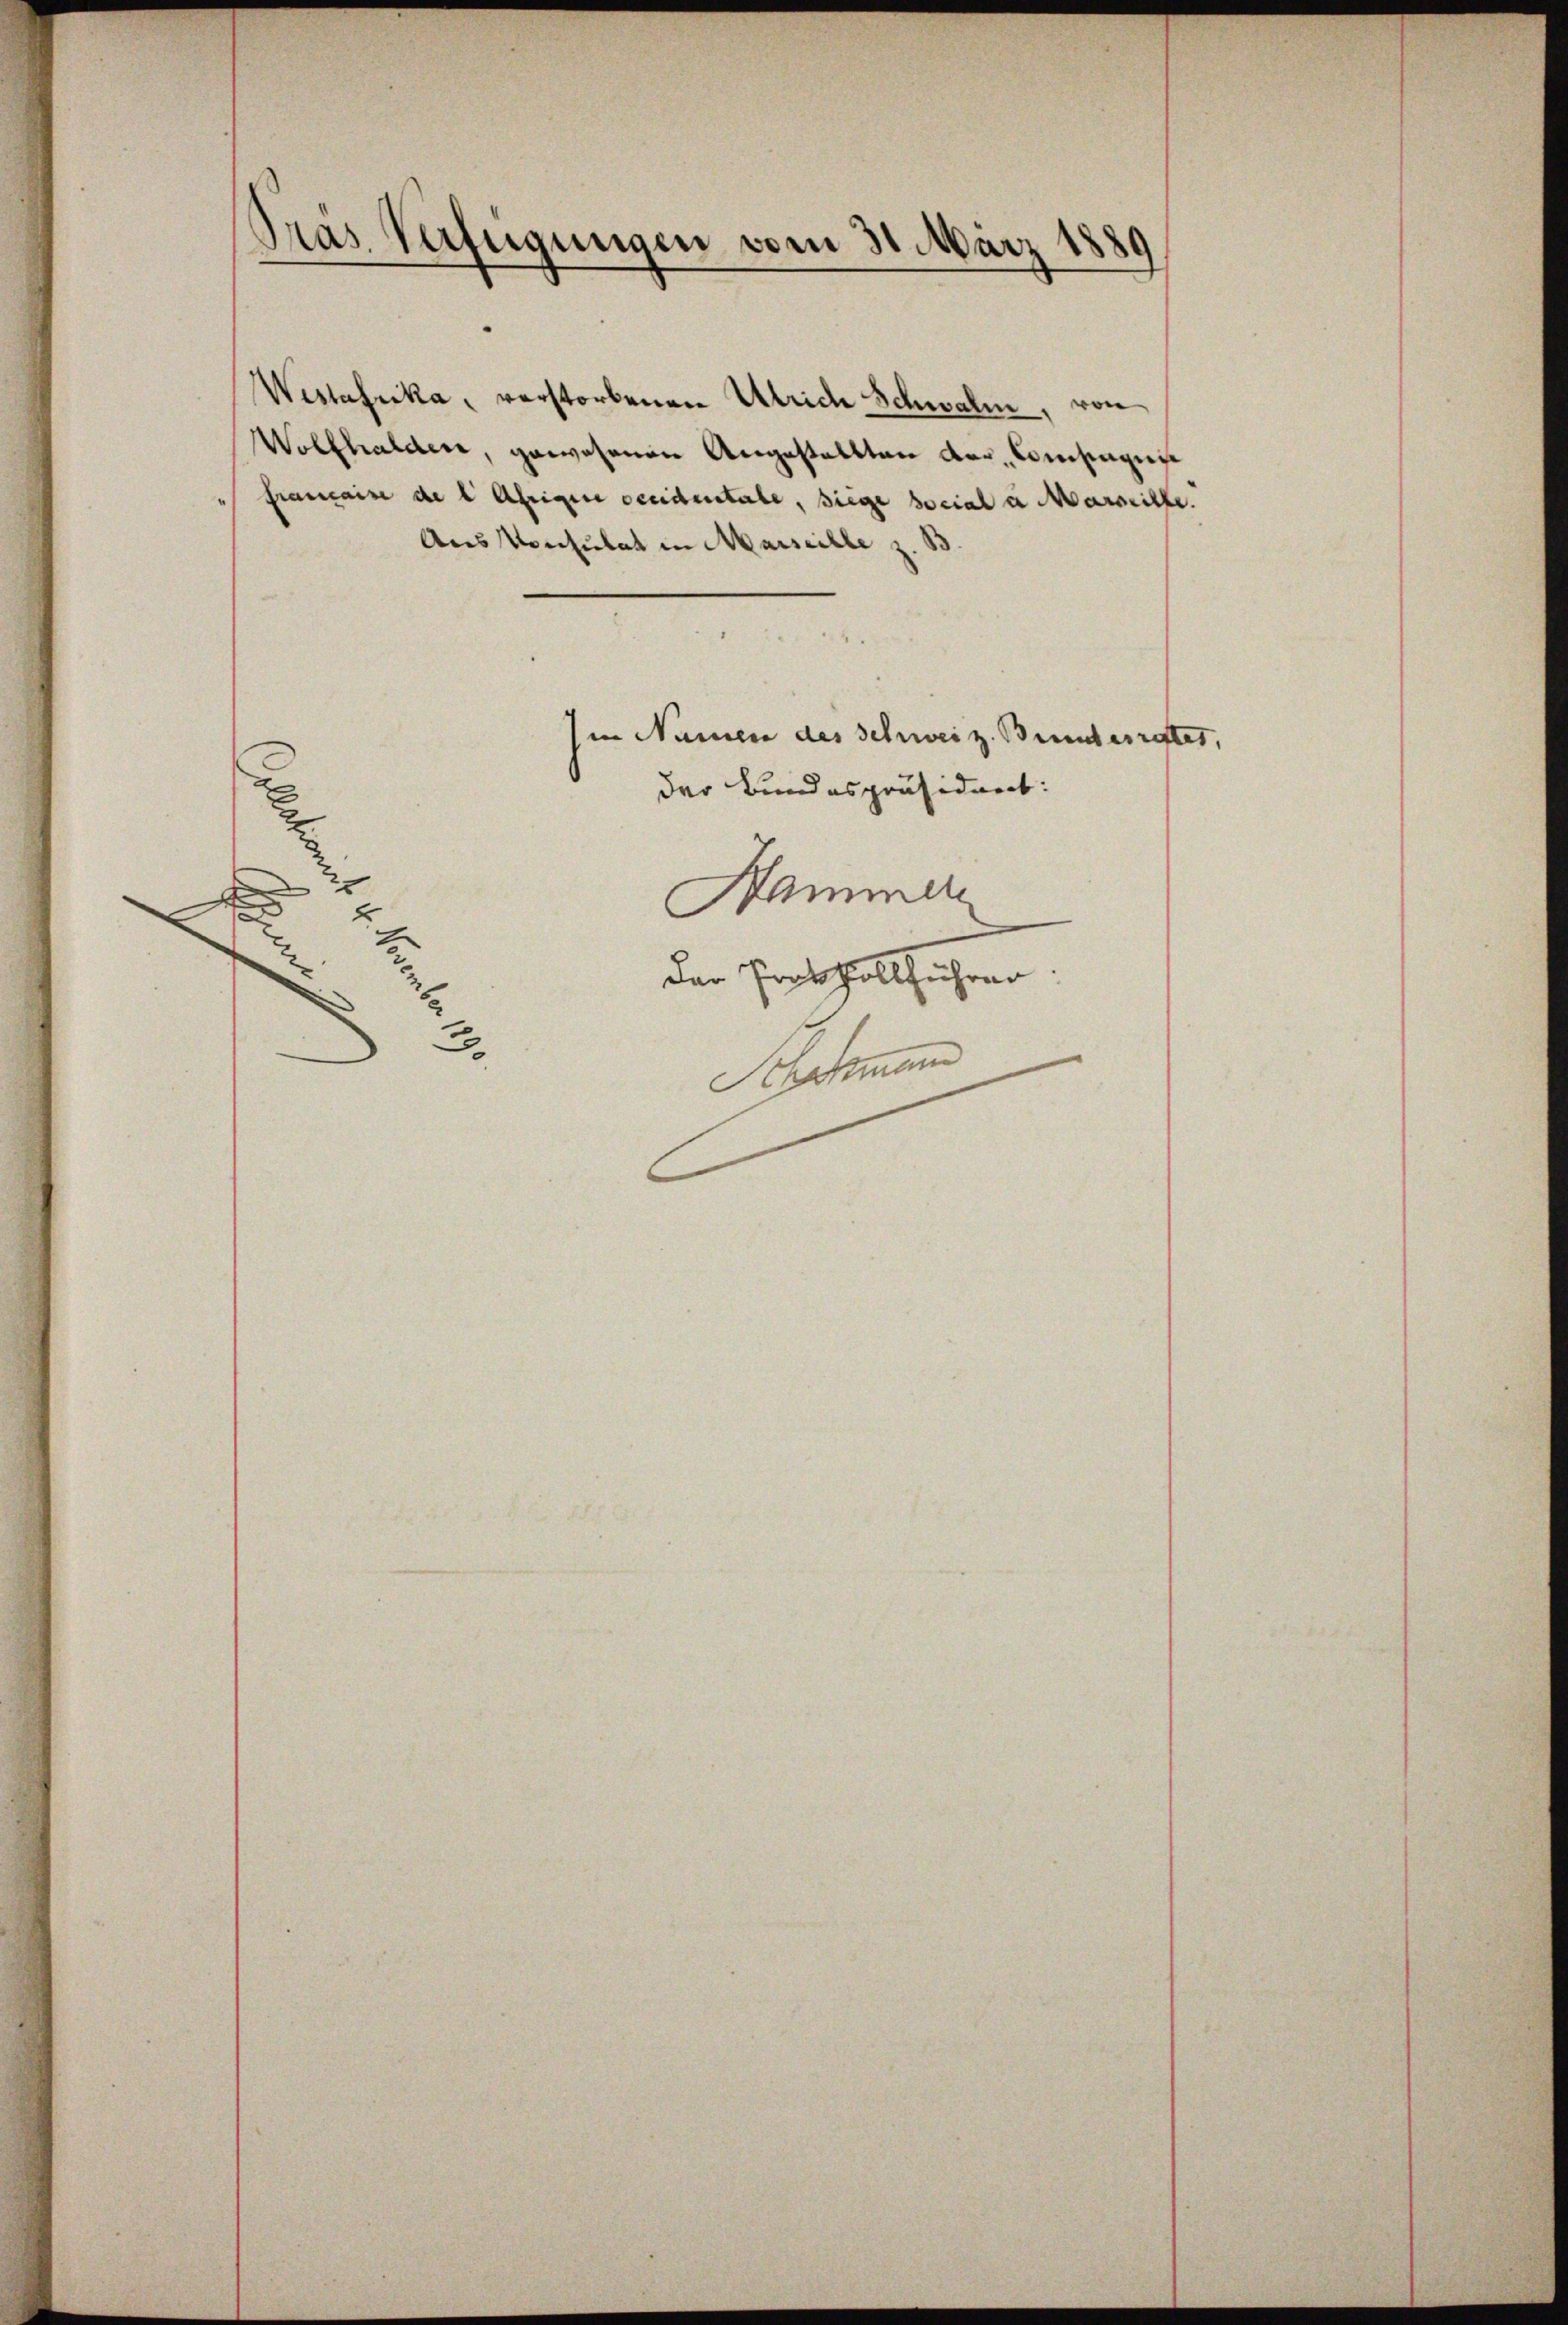
Präs. Verfügungen vom 31. März 1880

Westafrika, verstorbenen Ulrich Schwalm, von
Wolfhalden, gewesenen Angestallten der, Coisingege
Franzaise de l Ährigen occidentale, siege social u Marseithe.
Aus Konsulat in Marseille z. B.
in Namen des Schweiz. Bunderrettes,
2
der Bindespräsident:
Hammer
Der Protkollführen.
Hartmann